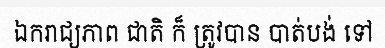
ឯករាជ្យភាព ជាតិ ក៏ ត្រូវបាន បាត់បង់ ទៅ